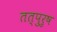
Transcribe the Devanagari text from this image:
तत्पुरु़ष